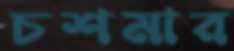
চশমার